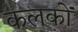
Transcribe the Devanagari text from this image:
कलकों